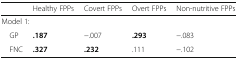
|  | Healthy FPPs | Covert FPPs | Overt FPPs | Non-nutritive FPPs |
 | --- | --- | --- | --- | --- |
 | <COLSPAN=5> Model 1: |
 | GP | .187 | −.007 | .293 | −.083 |
 | FNC | .327 | .232 | .111 | −.102 |